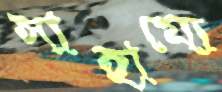
সাহায্যে